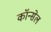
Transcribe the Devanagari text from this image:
कॉन्सेल